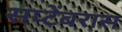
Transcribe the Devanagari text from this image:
सप्टेंबरास